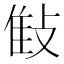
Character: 𢽝